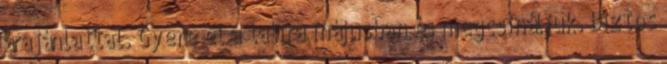
árajánlattal. Gyere el a talira májusban és megcsináljuk. Biztos